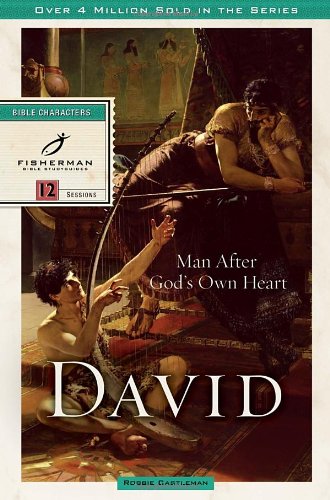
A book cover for David: Man after God's Own Heart (Fisherman Bible Studyguides); Robbie Castleman; Christian Books & Bibles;